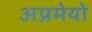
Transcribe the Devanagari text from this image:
अप्रमेयो